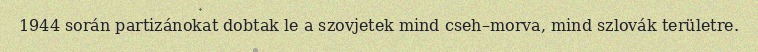
1944 során partizánokat dobtak le a szovjetek mind cseh–morva, mind szlovák területre.